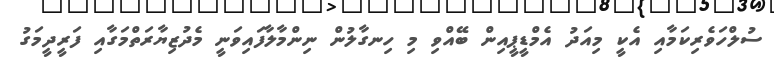
ސުލްހަވެރިކަމާއި އެކީ މިއަދު އެމްޑީޕީއިން ބޭއްވި މި ހިނގާލުން ނިންމާލާފައިވަނީ މެދުޒިޔާރަތްމަގާއި ފަރީދީމަގު